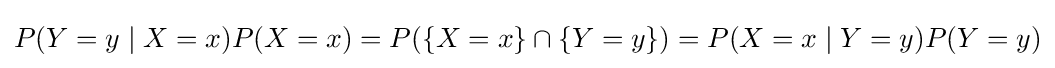
P(Y=y\mid X=x)P(X=x)=P(\{X=x\}\cap \{Y=y\})=P(X=x\mid Y=y)P(Y=y)